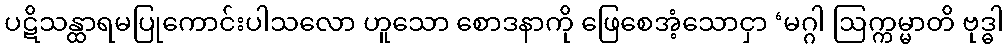
ပဋိသန္ထာရမပြုကောင်းပါသလော ဟူသော စောဒနာကို ဖြေစေအံ့သောငှာ ‘မဂ္ဂါ ဩက္ကမ္မာတိ ဗုဒ္ဓါ